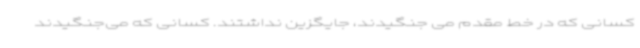
کسانی که در خط مقدم می جنگیدند، جایگزین نداشتند. کسانی که می‌جنگیدند